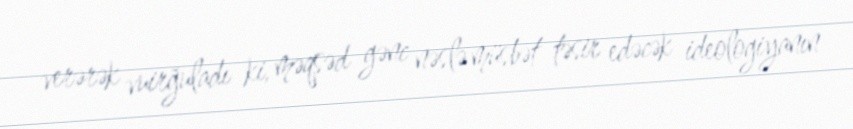
verərək vuirğuladı ki, məqsəd gənc nəslə müsbət təsir edəcək ideologiyanın